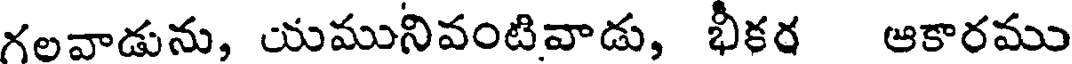
గలవాడును, యమునివంటివాడు, భీకర ఆకారము